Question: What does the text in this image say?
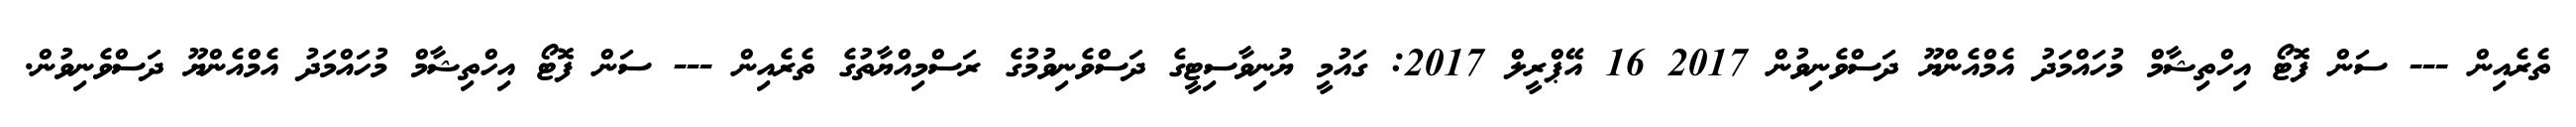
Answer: ތެރެއިން --- ސަން ފޮޓޯ އިހްތިޝާމް މުހައްމަދު އެމްއެންޔޫ ދަސްވެނިވުން 2017 16 އޭޕްރީލް 2017: ގައުމީ ޔުނިވާސިޓީގެ ދަސްވެނިވުމުގެ ރަސްމިއްޔާތުގެ ތެރެއިން --- ސަން ފޮޓޯ އިހްތިޝާމް މުހައްމަދު އެމްއެންޔޫ ދަސްވެނިވުން.